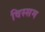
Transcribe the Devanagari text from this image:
विस्सम